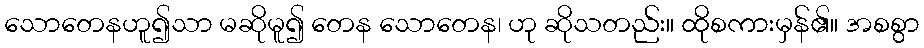
သောတေနဟူ၍သာ မဆိုမူ၍ တေန သောတေန၊ ဟု ဆိုသတည်း။ ထိုစကားမှန်၏။ အစစွာ